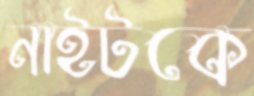
নাইটকে